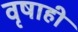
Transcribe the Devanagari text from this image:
वृषाही